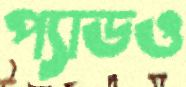
প্যাডও